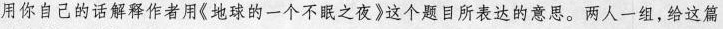
用你自己的话解释作者用《地球的一个 用不眠之夜》这个题目所表达的意思.两人一组,给这篇